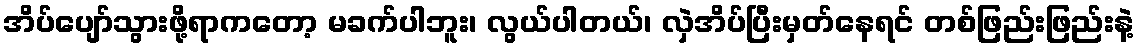
အိပ်ပျော်သွားဖို့ရာကတော့ မခက်ပါဘူး၊ လွယ်ပါတယ်၊ လှဲအိပ်ပြီးမှတ်နေရင် တစ်ဖြည်းဖြည်းနဲ့